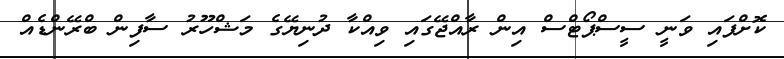
ކޮށްފައި ވަނީ ސީސްޕޯޓްސް އިން ރާއްޖޭގައި ވިއްކާ ދުނިޔޭގެ މަޝްހޫރު ސާފިން ބްރޭންޑެއް